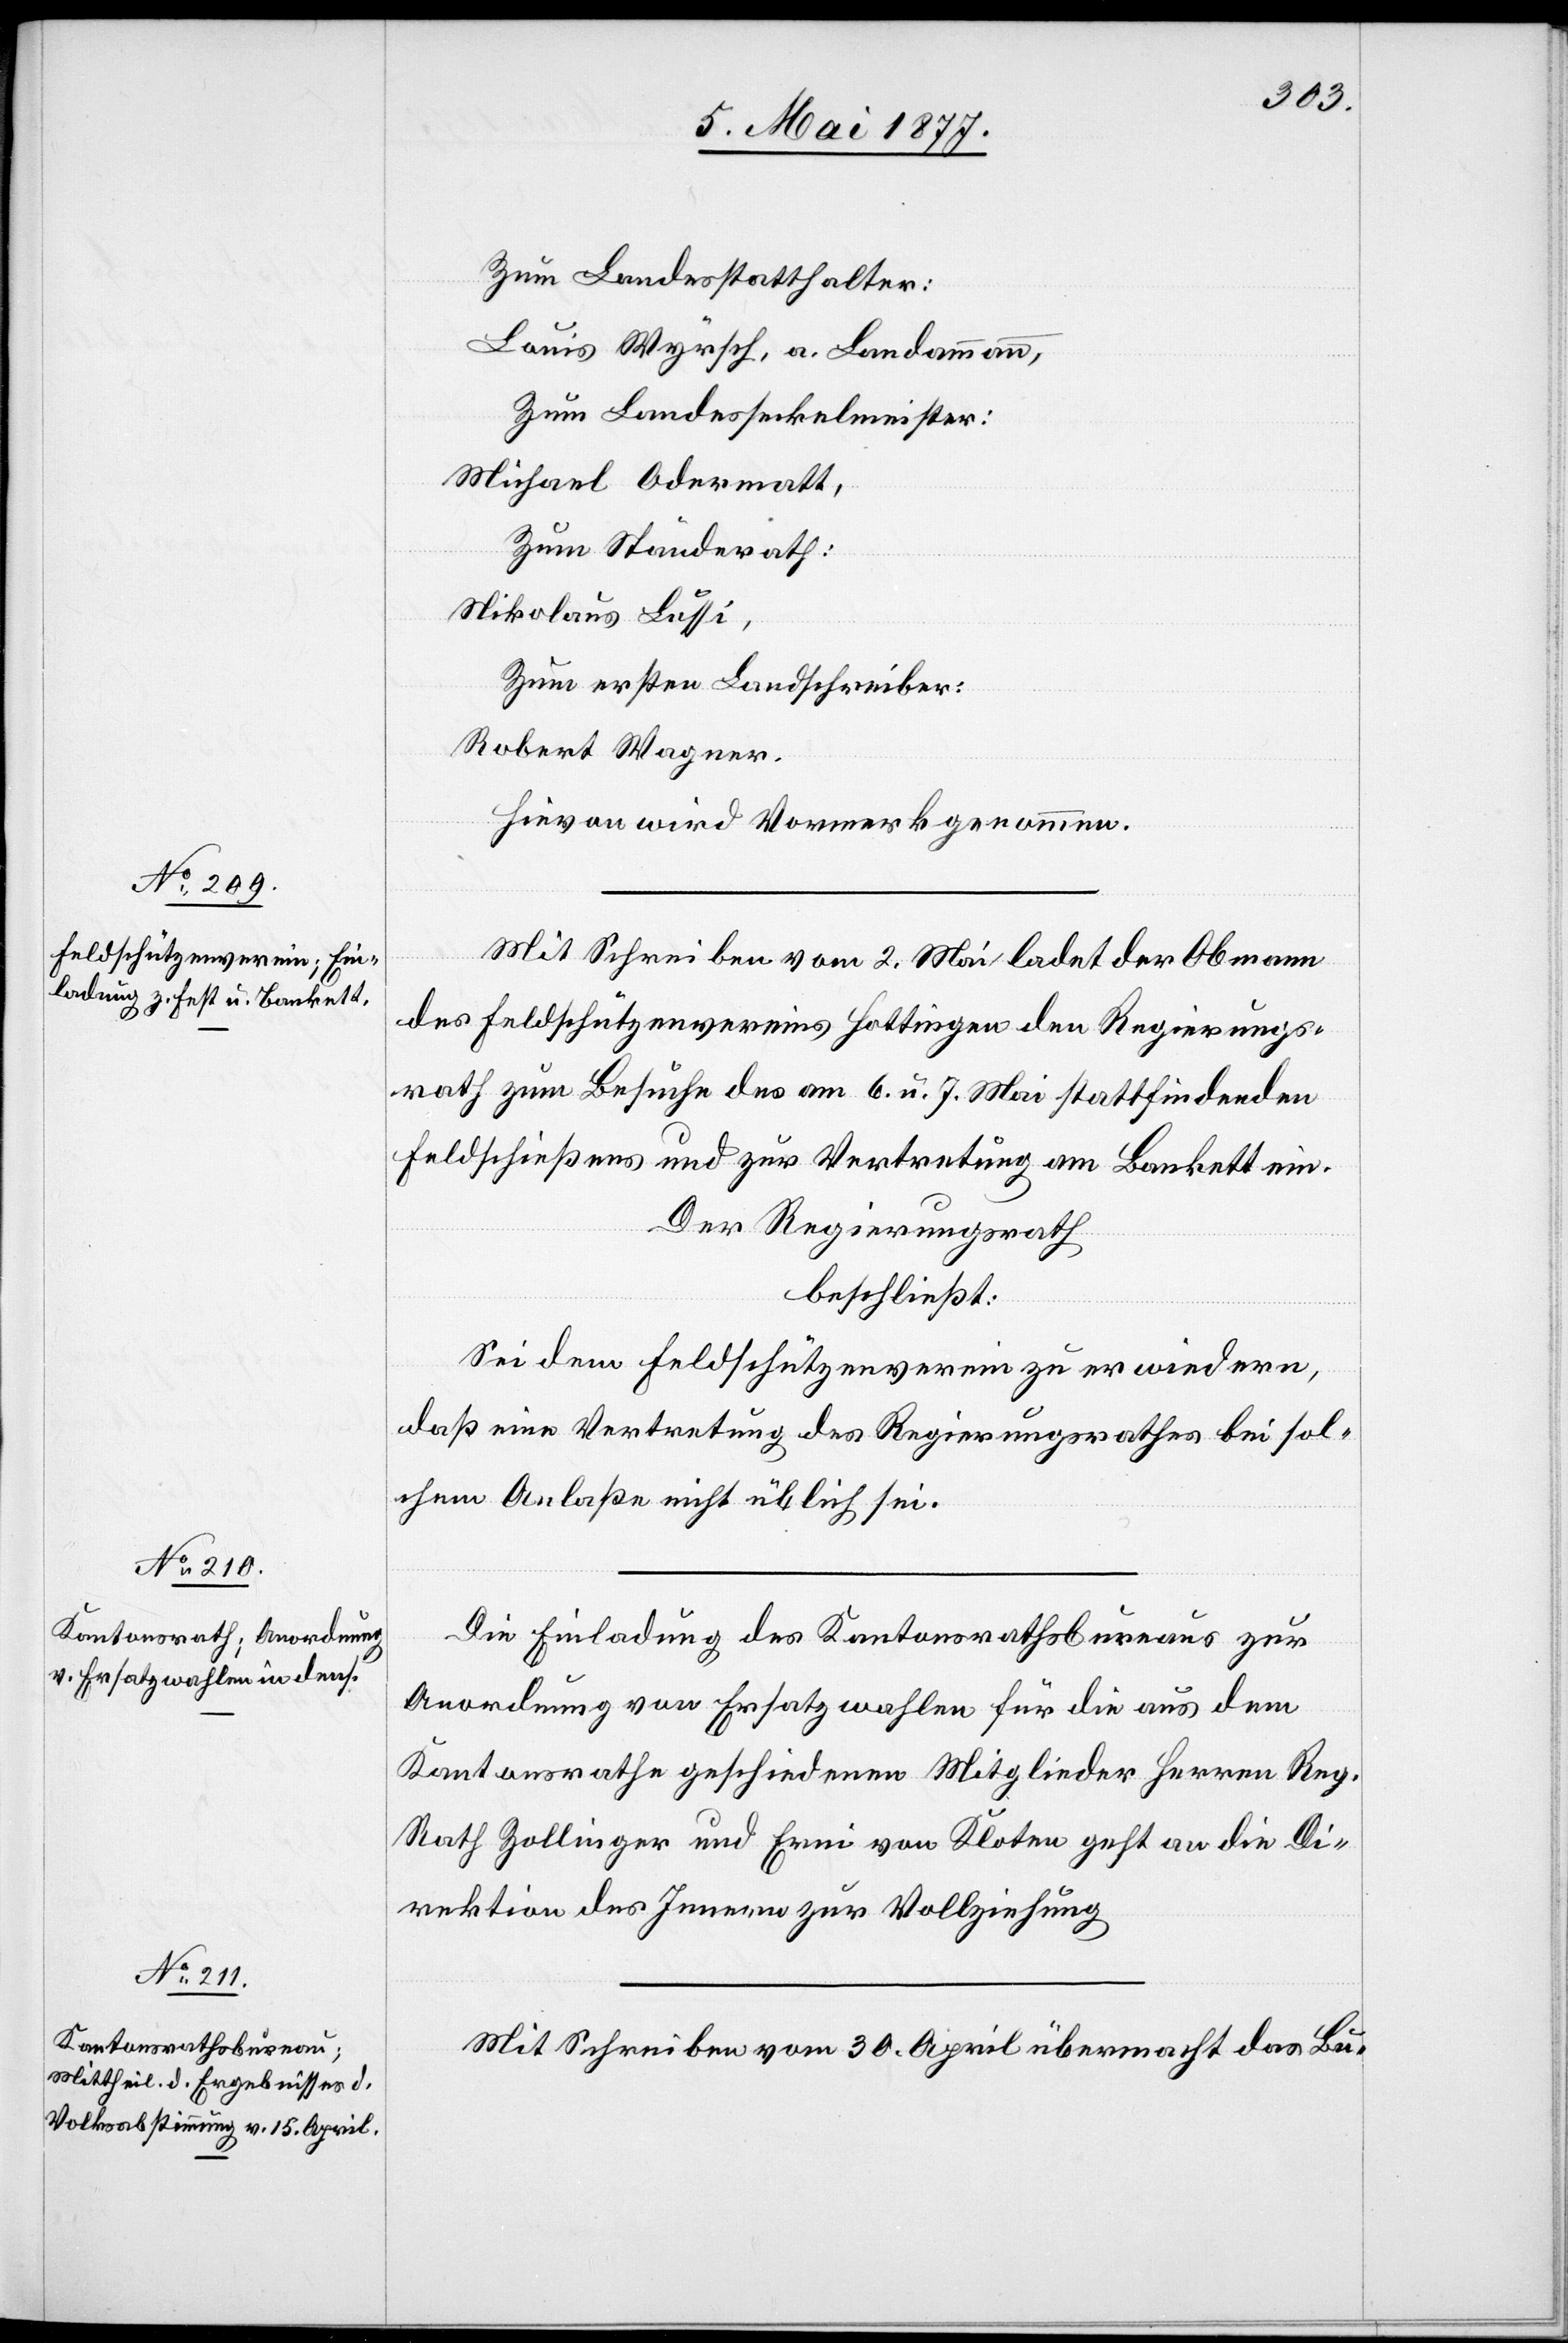
Zum Landestatthalter:
Louis Wyrsch, a. Landammann,
Zum Landesseckelmeister:
Michael Odermatt,
Zum Ständerath:
Nikolaus Lussi,
Zum ersten Landschreiber:
Robert Wagner.
Hievon wird Vormerk genommen.
Mit Schreiben vom 2. Mai ladet der Obmann
des Feldschützenvereins Hottingen den Regierungs¬
rath zum Besuche des am 6. u. 7. Mai stattfindenden
Feldschießens und zur Vertretung am Bankett ein.
Der Regierungsrath
beschließt:
Sei dem Feldschützenverein zu erwiedern,
daß eine Vertretung des Regierungsrathes bei sol¬
chem Anlaße nicht üblich sei.
Die Einladung des Kantonsrathsbureaus zur
Anordnung von Ersatzwahlen für die aus dem
Kantonsrathe geschiedenen Mitglieder Herren Reg.
Rath Zollinger und Erni von Kloten geht an die Di¬
rektion des Innern zur Vollziehung.
Mit Schreiben vom 30. April übermacht das Bu-